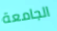
الجامعة